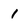
Character: 1